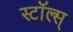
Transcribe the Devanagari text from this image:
स्टॉल्स्